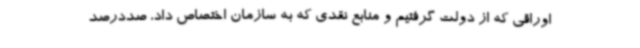
اوراقی که از دولت گرفتیم و منابع نقدی که به سازمان اختصاص داد، صددرصد